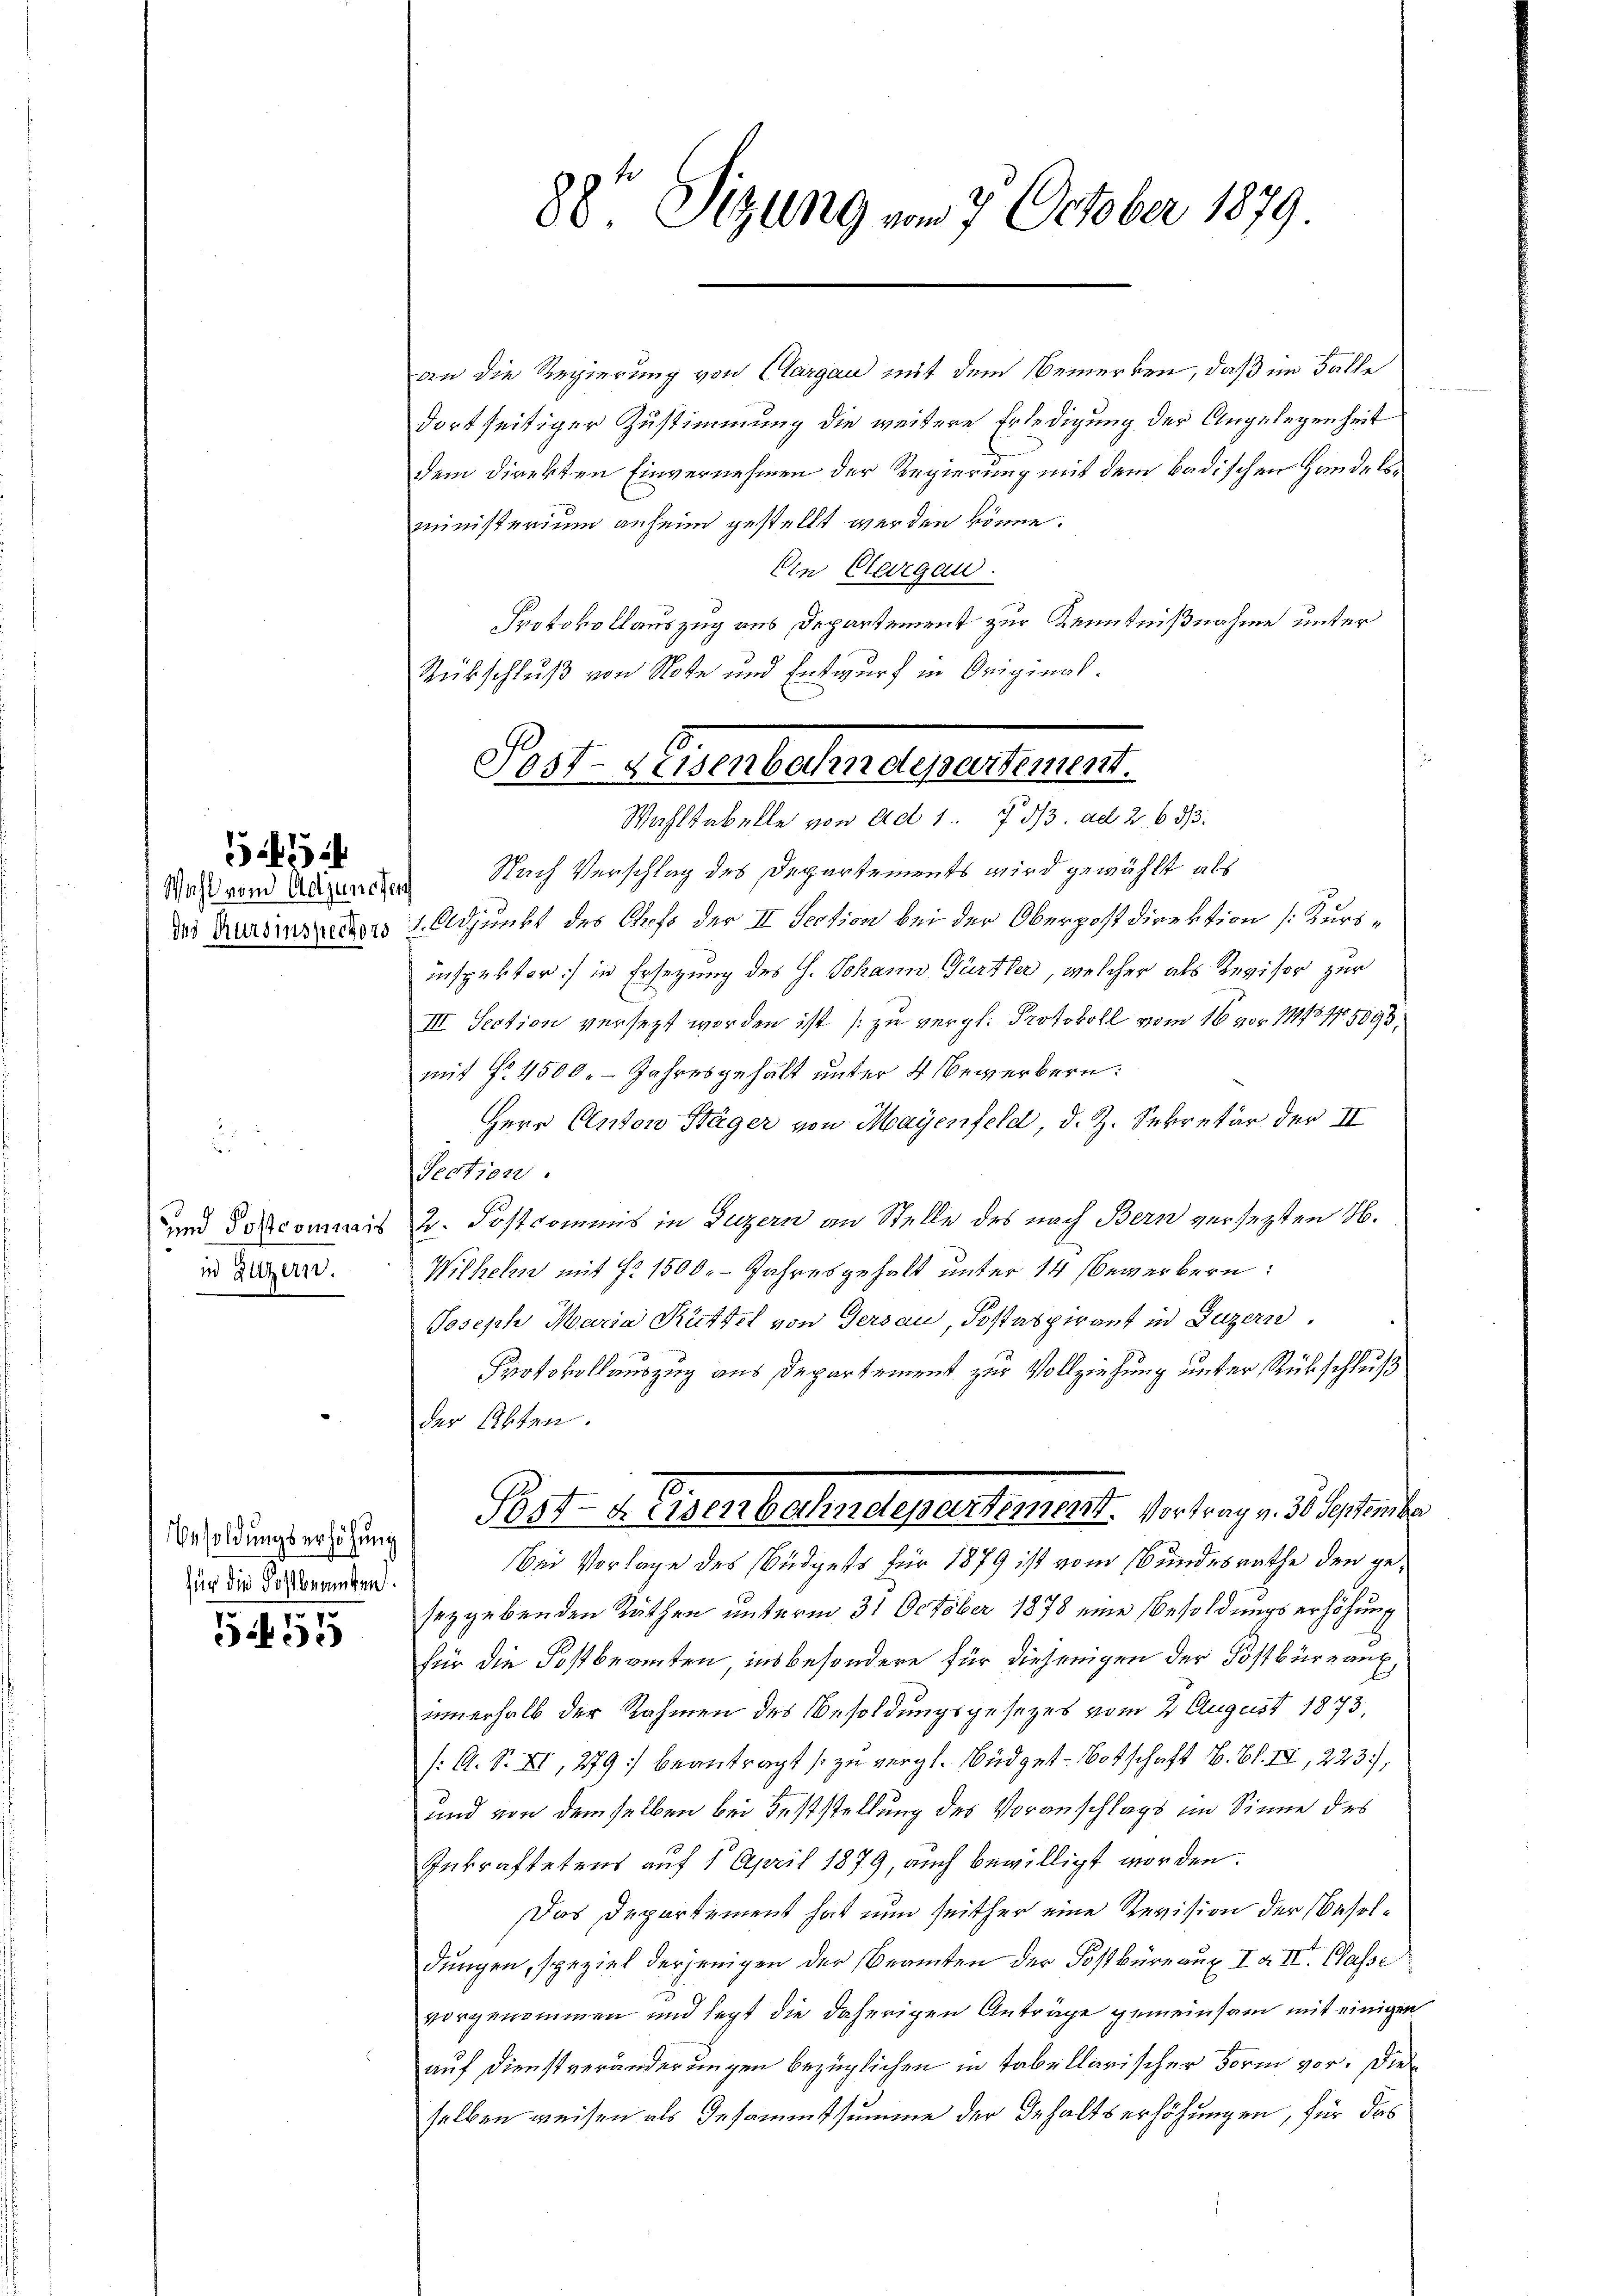
.

in Luzern.

Besoldungserhöhung
für die Kostbeamten.

51455

ministerium anhein gestellt werden könne.
Ein Clargau.
Protokollauszug aus Departement zur Kenntnißnahme unter
Rübschluß von Note und Entwurf in Original-

88te Sitzung vom 7. October 1879.

an die Regierung von Aargau mit dem Bemerken, daß im Falle
dortseitiger Zustimmung die weitere Erledigung der Angelegenheit
dem Direkten Einvernehmen der Regierung mit dem badischen Handels¬

Pest. Eisenbahndepartement.
Wahltabelle von ad 1. 7 1/3. ad 2, 633.

Maß von Abenden Nach Verschlag des Departements wird gewählt als
des Versinspectors 1. Adjunkt des Chefs der II Section bei der Oberpostdirektion (Kursinspekter] in Ersezung des G. Johann Gürtler, welcher als Revisor zur
III. Section versezt worden ist (zu vergl. Protokoll vom 16 vor 11775. 105893
mit No 4500. - Jahresgehält unter 4 Bewerbern:
Herr Anton Stäger von Mayenfeld, d. J. Sekretär der II
Section.
und descommis 2. Postcommis in Luzern an Stelle des nach Bern versezten H.
Wilhehn mit § 1500. Jahresgehalt unter 14 bewerbern:
Joseph Maria Rüttel von Gersau, Postaspirant in Luzern.
Protokollauszug aus Departement zur Vollziehung unter Rückschluß
der Akten.
Pet- u. Eisenbahndepartement. Vertrag v. 3. September
Bei Vorlage des Büdgets für 1879 ist vom Bundesrathe den geseygebenden Räthen unterm 31 October 1878 eine Besoldungserhöhung
für die Postbeamten, insbesondere für diejenigen der Postbüreaufinnerhalb der Rahmen des Besoldungsgesetzes vom 2 August 1873,
/: A. S. XI, 279) beantragt (zu vergl. Büdget-Botschaft B. Bd. III, 223),
und von demselben bei Feststellung des Voranschlags im Sinne des
Inkraftetens auf 1 April 1879, auch bewilligt worden.
Das Departement hat nun seither eine Revision der Besoldungen, speziel derjenigen der Beamten der Postbüreaux I a III. Classe
vorgenommen und legt die daherigen Anträge gemeinsam mit einigen
auf Dienstveränderungen bezüglichen in tabellarischer Form vor. Die
selben weisen als Gesammtsumme der Gehaltserhöhungen, für das